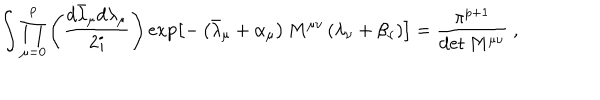
LaTeX: \int \prod _ { \mu = 0 } ^ { p } \left( \frac { d \bar { \lambda } _ { \mu } d \lambda _ { \mu } } { 2 i } \right) \exp \left[ - \left( \bar { \lambda } _ { \mu } + \alpha _ { \mu } \right) M ^ { \mu \nu } \left( \lambda _ { \nu } + \beta _ { \nu } \right) \right] = \frac { \pi ^ { p + 1 } } { \det M ^ { \mu \nu } } ~ ,